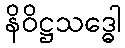
နိဝိဋ္ဌသဒ္ဓေါ